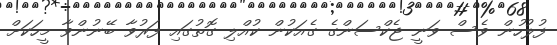
ފުލުހުން ވެސް ވަނީ ޖެކްސަންގެ ގެއަކުން ކުއްލި ގޮތުގައި ފަރުވާ ބޭނުންވާ މީހަކަށް